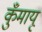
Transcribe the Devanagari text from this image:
कुँमायू